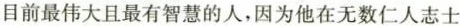
目前最伟大且最有智慧的人，因为他在无数仁人志士